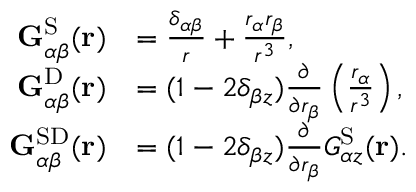
\begin{array} { r l } { \mathbf { G } _ { \alpha \beta } ^ { \mathrm { S } } ( \mathbf { r } ) } & { = \frac { \delta _ { \alpha \beta } } { r } + \frac { r _ { \alpha } r _ { \beta } } { r ^ { 3 } } , } \\ { \mathbf { G } _ { \alpha \beta } ^ { \mathrm { D } } ( \mathbf { r } ) } & { = ( 1 - 2 \delta _ { \beta z } ) \frac { \partial } { \partial r _ { \beta } } \left( \frac { r _ { \alpha } } { r ^ { 3 } } \right) , } \\ { \mathbf { G } _ { \alpha \beta } ^ { \mathrm { S D } } ( \mathbf { r } ) } & { = ( 1 - 2 \delta _ { \beta z } ) \frac { \partial } { \partial r _ { \beta } } G _ { \alpha z } ^ { \mathrm { S } } ( \mathbf { r } ) . } \end{array}